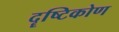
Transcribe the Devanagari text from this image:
दॄष्‍टिकोण